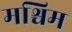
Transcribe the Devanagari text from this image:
मश्चिम